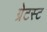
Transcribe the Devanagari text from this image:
ग्रेटस्ट